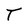
Character: T